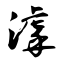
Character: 滹